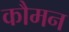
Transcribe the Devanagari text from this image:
कौमन